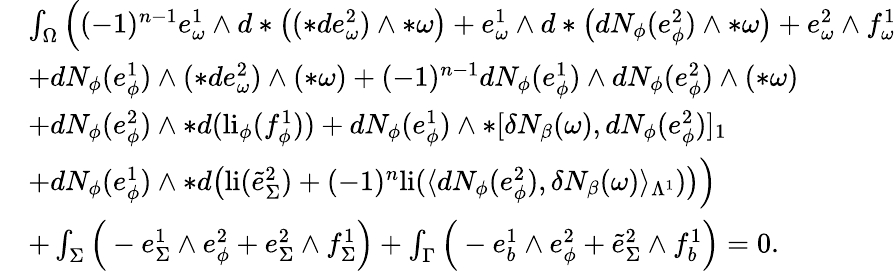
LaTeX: \begin{array}{rl}&{\int_{\Omega}\Big((-1)^{n-1}e_{\omega}^{1}\wedge d\ast\big((\ast de_{\omega}^{2})\wedge\ast\omega\big)+e_{\omega}^{1}\wedge d\ast\big(dN_{\phi}(e_{\phi}^{2})\wedge\ast\omega\big)+e_{\omega}^{2}\wedge f_{\omega}^{1}}\\ &{+dN_{\phi}(e_{\phi}^{1})\wedge(\ast de_{\omega}^{2})\wedge(\ast\omega)+(-1)^{n-1}dN_{\phi}(e_{\phi}^{1})\wedge dN_{\phi}(e_{\phi}^{2})\wedge(\ast\omega)}\\ &{+dN_{\phi}(e_{\phi}^{2})\wedge\ast d(\mathrm{li}_{\phi}(f_{\phi}^{1}))+dN_{\phi}(e_{\phi}^{1})\wedge\ast[\delta N_{\beta}(\omega),dN_{\phi}(e_{\phi}^{2})]_{1}}\\ &{+dN_{\phi}(e_{\phi}^{1})\wedge\ast d\big(\mathrm{li}(\tilde{e}_{\Sigma}^{2})+(-1)^{n}\mathrm{li}(\langle dN_{\phi}(e_{\phi}^{2}),\delta N_{\beta}(\omega)\rangle_{\Lambda^{1}})\big)\Big)}\\ &{+\int_{\Sigma}\Big(-e_{\Sigma}^{1}\wedge e_{\phi}^{2}+e_{\Sigma}^{2}\wedge f_{\Sigma}^{1}\Big)+\int_{\Gamma}\Big(-e_{b}^{1}\wedge e_{\phi}^{2}+\tilde{e}_{\Sigma}^{2}\wedge f_{b}^{1}\Big)=0.}\end{array}